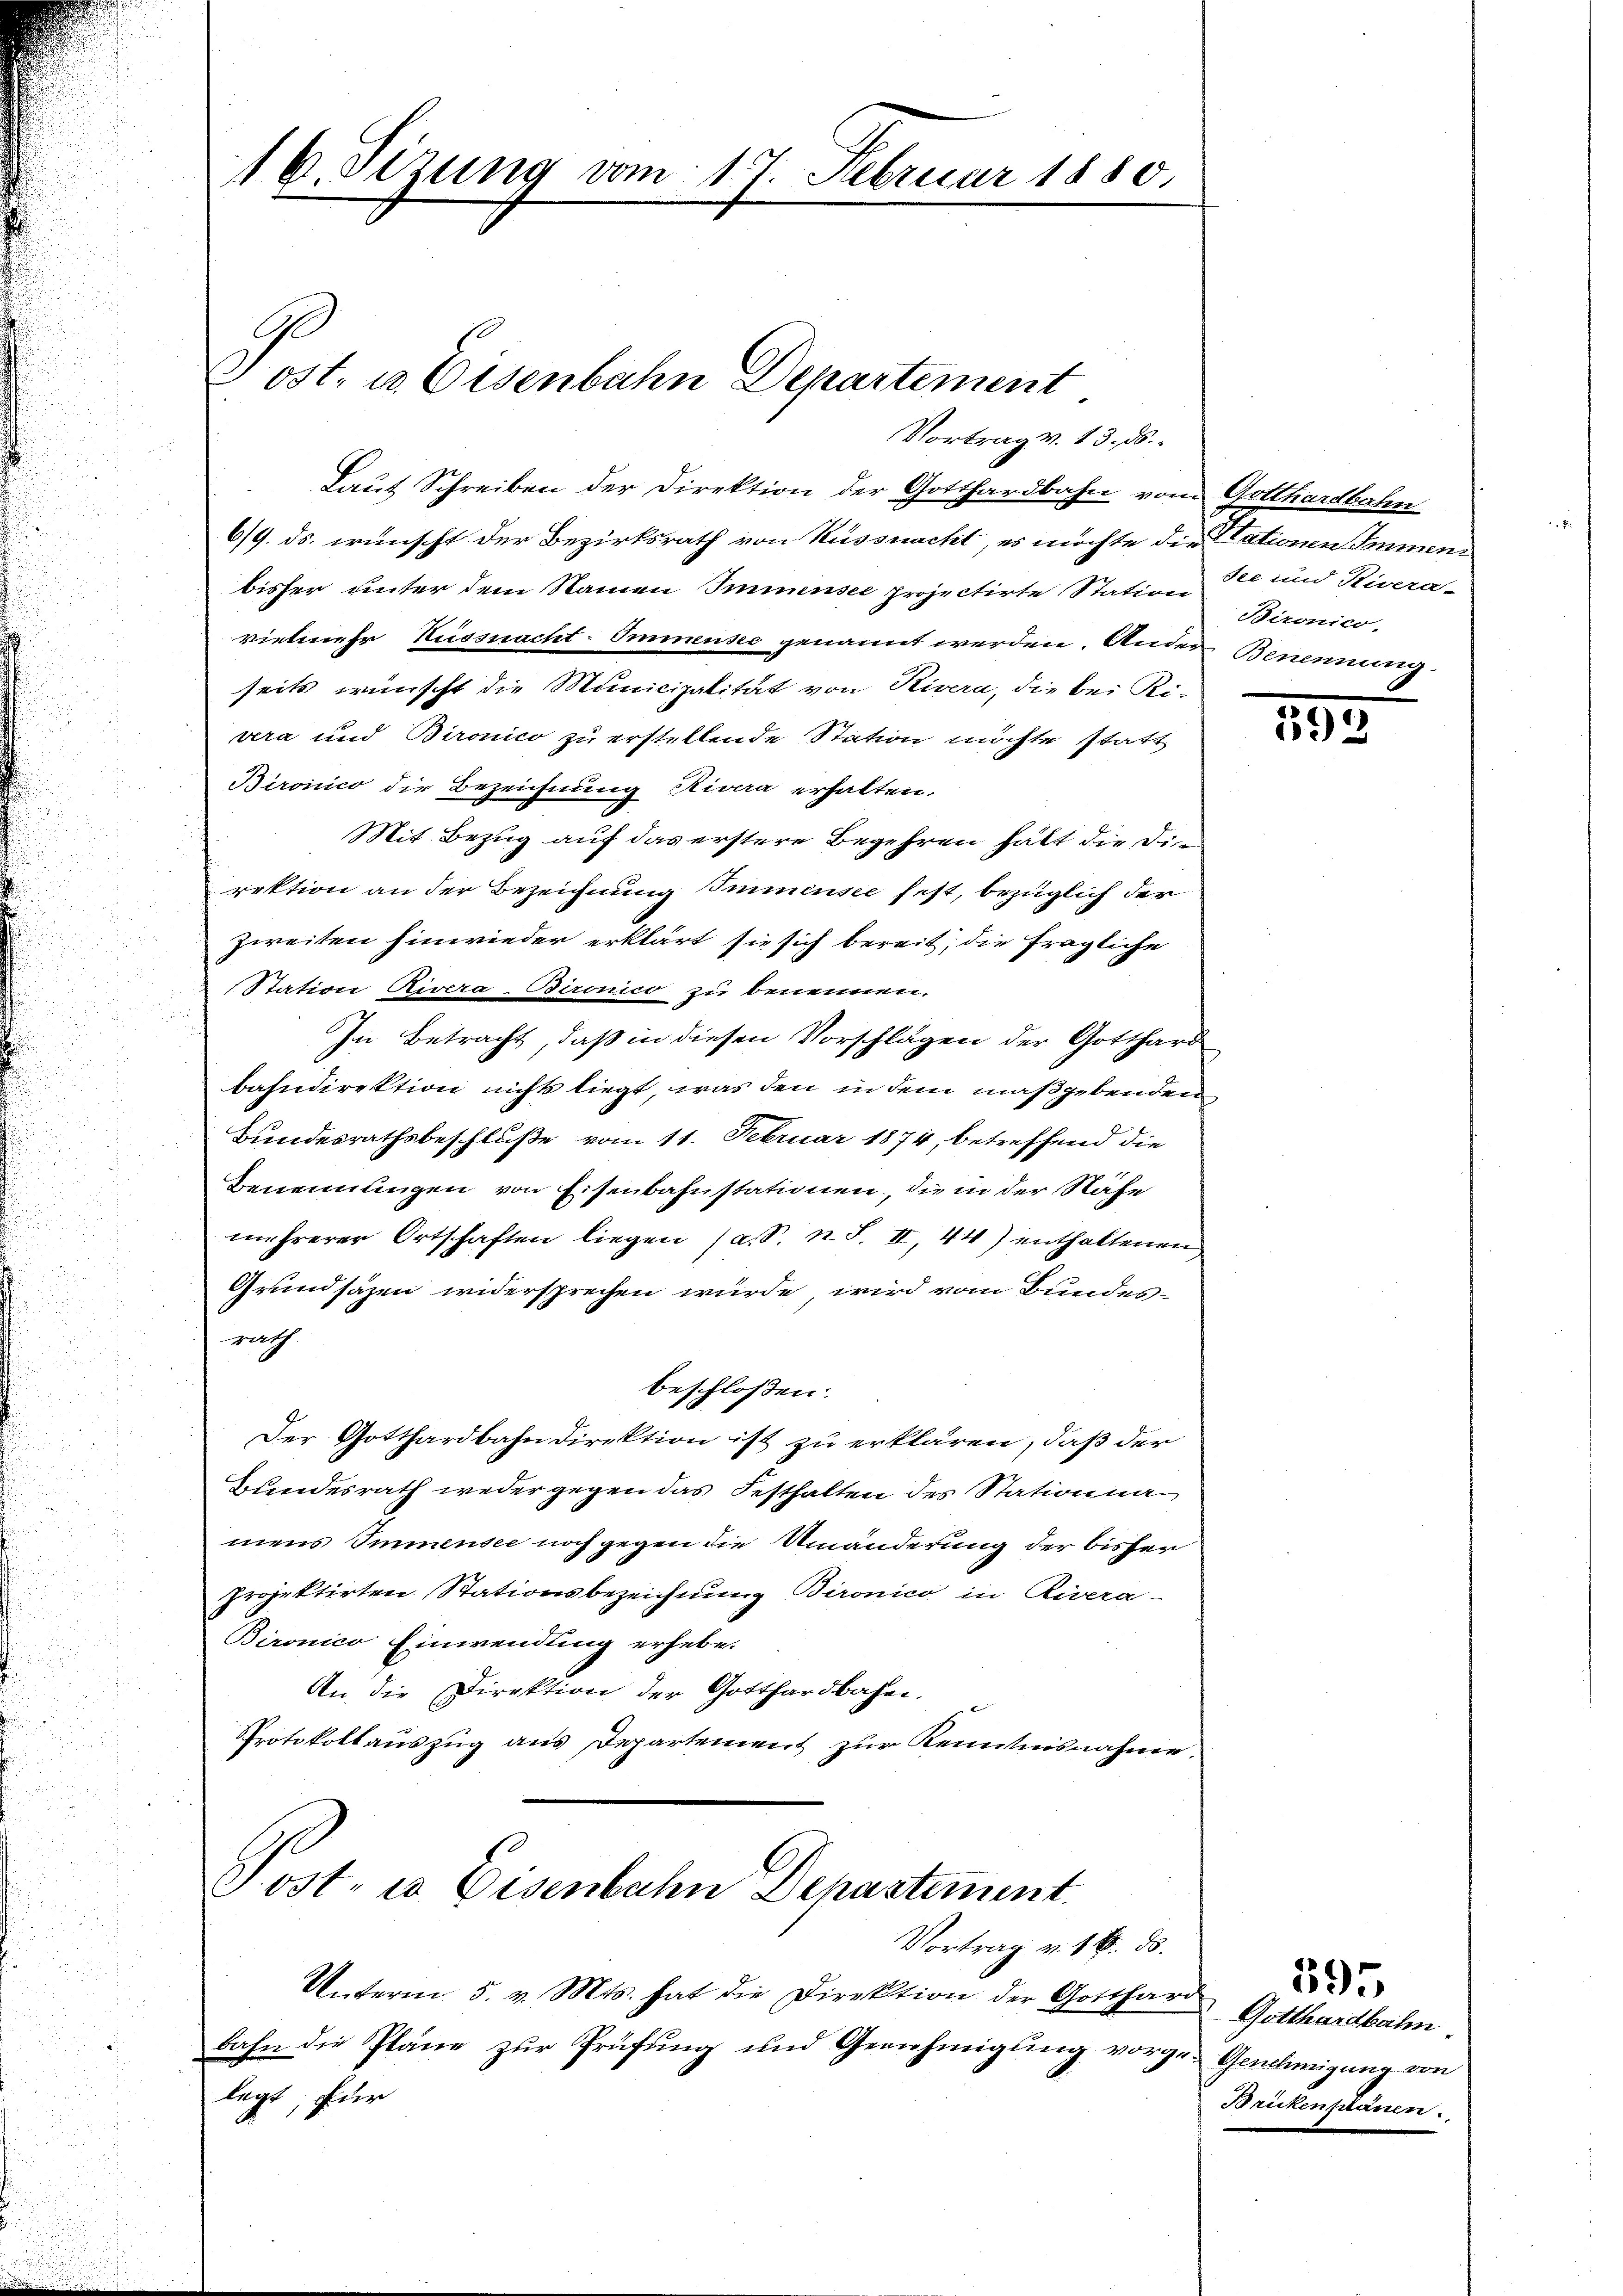
16. Sizung vom 17. Februar 1880.

Jost, u. Eisenbahn Departement
Vortrag v. 13. ds.

Laut Schreiben der Direktion der Gotthardbahn vom Gotthardbahn
6/9. ds. wünscht der Bezirksrath von Küssnacht, es möchte die Stationen Immenbisher unter dem Namen Immensee projectirte Station 3te und Rivera-
vielmehr Küssnacht-Immnensee genannt werden. Ander Benennung.
seits wünscht die Municipalität von Rivera, die bei Ri-
vera und Bironico zu erstellende Station möchte statt
Bironico die Bezeichnung Rivera erhalten.
Mit Bezug auf das erstere Begehren hatt die Di
rektion an der Bezeichnung Immensee fest, bezüglich der
zweiten hinwieder erklärt sie sich bereit, die fragliche
(Station Rivera-Bironico zu benennen.
In Betracht, daß in diesen Vorschlägen der Gotthard
bahndirektion nichts liegt, was den in dem maßgebenden
Bundesrathsbeschluße vom 11. Februar 1874, betreffend die
Benennungen von Eisenbahnstationen, die in der Nähe
mehrerer Ortschaften liegen (a. n. F. II, 44) enthaltenen
Grundsäzen widersprechen würde, wird vom Bundes-
rath
beschloßen:
Der Gotthardbahndirektion ist zu erklären, daß der
Bundesrath weder gegen das Festhalten des Stationnamens Immensee noch gegen die Umänderung der bisher
projektirten Stationsbezeichnung Bironico in Rivera-
Bironico Einwendung erhebe.
An die Direktion der Gotthardbahre.
Protokollauszug aus Departement zur Kenntnisnahme.
1
Post- u Eisenbahn Dehastement.
Vortrag v. 18. ds.
Unterm 5. v. Mts. hat die Direktion der Gotthard
bahn die Pläne zŭr Prüfŭng und Genehmigŭng vorge- Genehmigung von
legt, für

Bironico.

185

Gotthardbahn
Brikenplänen.

395